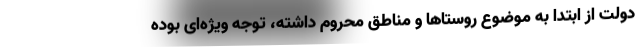
دولت از ابتدا به موضوع روستاها و مناطق محروم داشته، توجه ویژه‌ای بوده